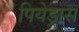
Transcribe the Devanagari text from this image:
पियेड्रास